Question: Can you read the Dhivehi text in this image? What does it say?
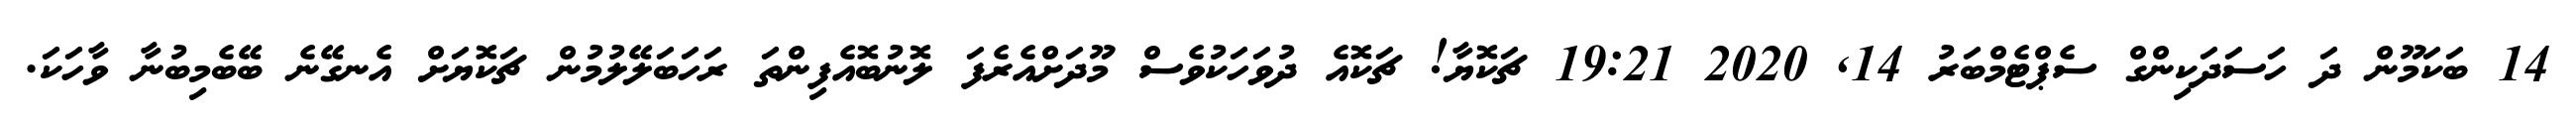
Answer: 14 ބަކަމޫން ދަ ހަސަދަކިންގް ސެޕްޓެމްބަރު 14, 2020 19:21 ޗަކޮޔާ! ޗަކޮއެ ދުވަހަކުވެސް މޫދަށްއެރެފަ ލޮނުބޮއެފިންތަ ރަހަބަލޭލުމުން ޗަކޮޔަށް އެނގޭނެ ބޭބެމިބުނާ ވާހަކަ.